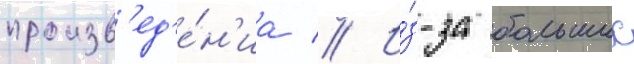
произв'ед'е́н'иа // И́з-за больших